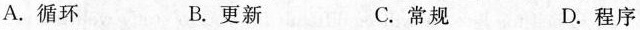
A.循环 B.更新 C.常规 D.程序